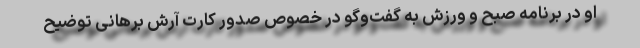
او در برنامه صبح و ورزش به گفت‌وگو در خصوص صدور کارت آرش برهانی توضیح